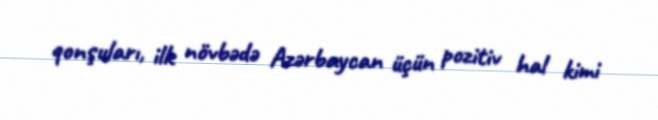
qonşuları, ilk növbədə Azərbaycan üçün pozitiv hal kimi